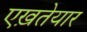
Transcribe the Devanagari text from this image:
एख़तेयार